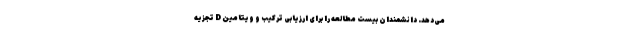
می‌دهد. دانشمندان بیست مطالعه را برای ارزیابی ترکیب و ویتامین D تجزیه